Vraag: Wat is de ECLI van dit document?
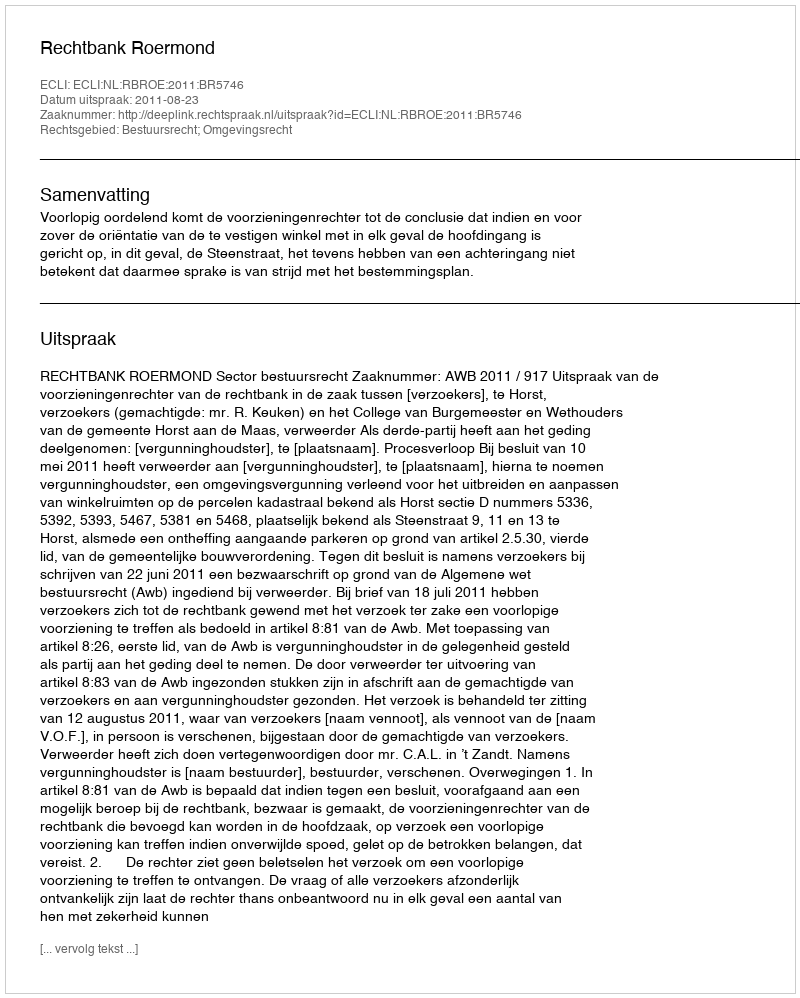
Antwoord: ECLI:NL:RBROE:2011:BR5746